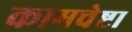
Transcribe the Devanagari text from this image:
कामचेष्टा